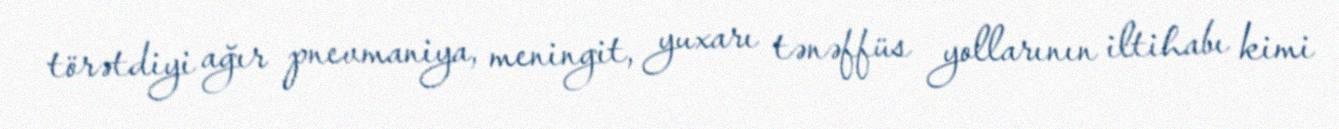
törətdiyi ağır pnevmaniya, meningit, yuxarı tənəffüs yollarının iltihabı kimi